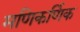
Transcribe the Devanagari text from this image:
मणिकर्णिक